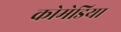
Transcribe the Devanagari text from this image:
कोमेडिया